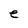
Character: e